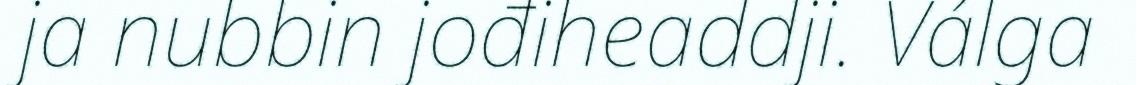
ja nubbin jođiheaddji. Válga